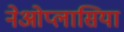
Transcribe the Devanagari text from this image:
नेओप्लासिया